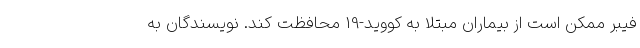
فیبر ممکن است از بیماران مبتلا به کووید-19 محافظت کند. نویسندگان به